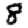
Digit: 8